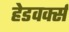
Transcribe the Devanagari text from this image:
हेडवर्क्स